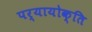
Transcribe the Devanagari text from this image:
पर्यायोक्ति